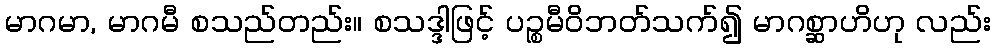
မာဂမာ, မာဂမီ စသည်တည်း။ စသဒ္ဒါဖြင့် ပဉ္စမီဝိဘတ်သက်၍ မာဂစ္ဆာဟိဟု လည်း